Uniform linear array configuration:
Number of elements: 8
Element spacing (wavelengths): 0.75
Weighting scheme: binomial
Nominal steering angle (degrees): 60
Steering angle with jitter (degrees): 60.728
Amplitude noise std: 0.05
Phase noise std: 0.05

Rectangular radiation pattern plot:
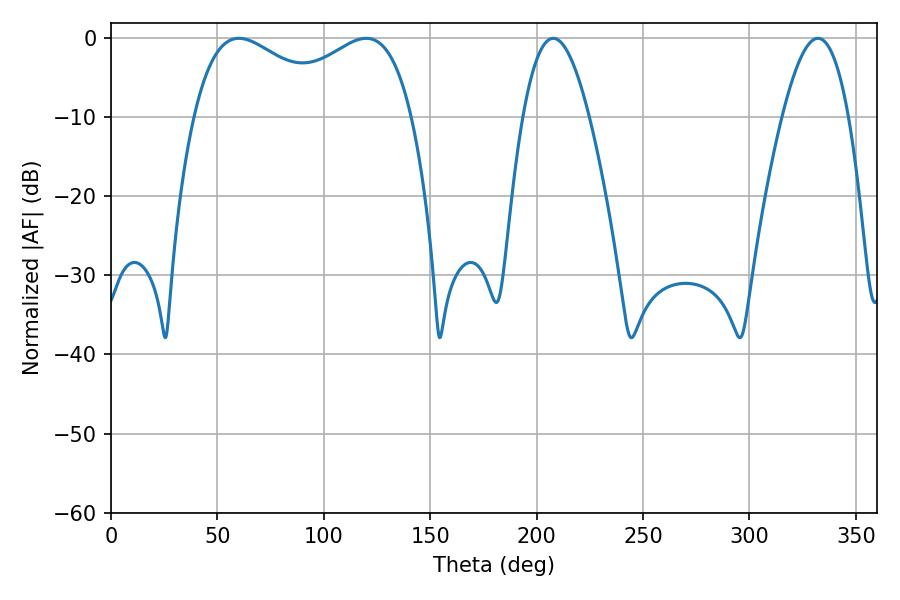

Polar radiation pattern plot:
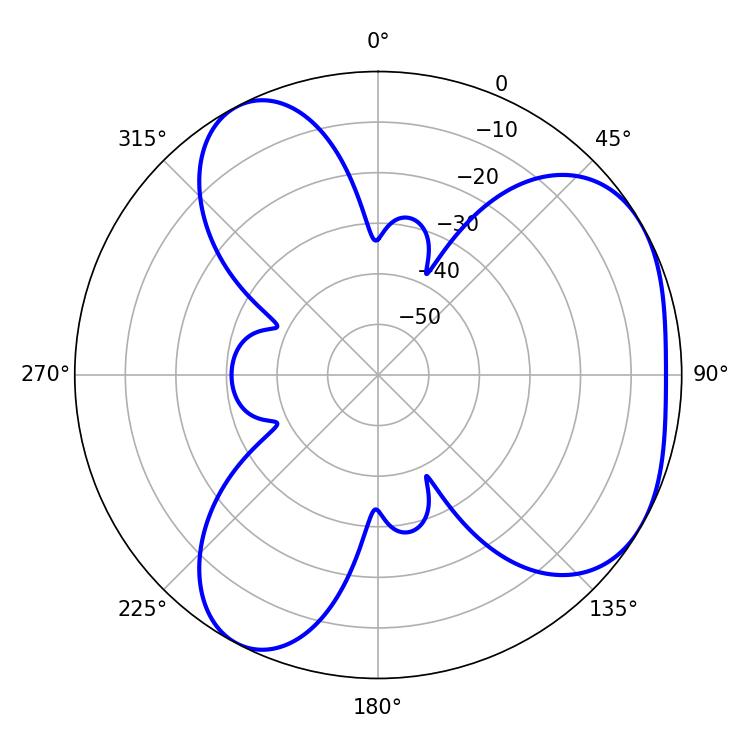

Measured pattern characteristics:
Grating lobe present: TRUE
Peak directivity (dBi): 4.231
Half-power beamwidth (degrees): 38.88
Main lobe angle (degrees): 60.12